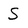
Character: S